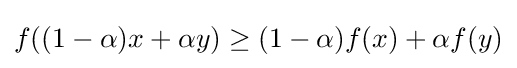
f((1-\alpha )x+\alpha y)\geq (1-\alpha )f(x)+\alpha f(y)